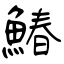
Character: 鰆